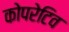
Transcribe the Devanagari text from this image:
कोपरेटिव